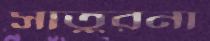
সাতুরনা